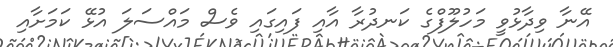
އޭނާ ވިދާޅުވީ މަހުލޫފްގެ ކަނދުރާ އާއި ފައިގައި ވެސް މައްސަލަ އުޅޭ ކަމަށާއި